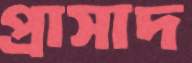
প্রাসাদ